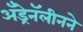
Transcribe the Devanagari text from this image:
अँड्रेनॅलीनने